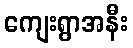
ကျေးရွာအနီး